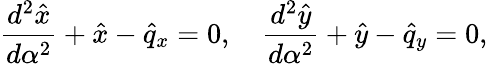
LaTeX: {\frac{d^{2}\hat{x}}{d\alpha^{2}}}+\hat{x}-\hat{q}_{x}=0,\quad{\frac{d^{2}\hat{y}}{d\alpha^{2}}}+\hat{y}-\hat{q}_{y}=0,